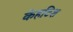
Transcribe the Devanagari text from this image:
केहटिश